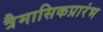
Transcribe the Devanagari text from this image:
त्रैमासिकप्रारंभ